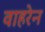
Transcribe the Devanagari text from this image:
वाहरेन